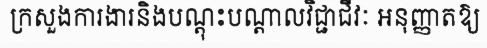
ក្រសួងការងារនិងបណ្តុះបណ្តាលវិជ្ជាជីវៈ អនុញ្ញាតឱ្យ